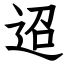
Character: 迢